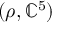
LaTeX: ( \rho , \mathbb { C } ^ { 5 } )